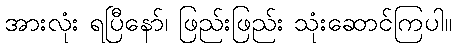
အားလုံး ရပြီနော်၊ ဖြည်းဖြည်း သုံးဆောင်ကြပါ။